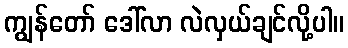
ကျွန်တော် ဒေါ်လာ လဲလှယ်ချင်လို့ပါ။